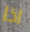
اذا